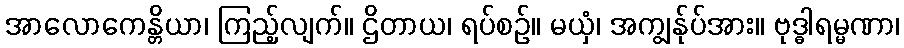
အာလောကေန္တိယာ၊ ကြည့်လျက်။ ဌိတာယ၊ ရပ်စဉ်။ မယှံ၊ အကျွန်ုပ်အား။ ဗုဒ္ဓါရမ္မဏာ၊